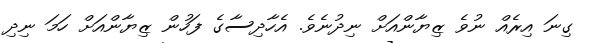
ގިނަ އިރެއް ނުވެ ޒިޔާންއަށް ނިދުނެވެ. އެހާދިސާގެ ފަހުން ޒިޔާންއަށް ހަމަ ނިދި